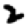
Digit: 2